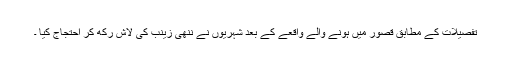
تفصیلات کے مطابق قصور میں ہونے والے واقعے کے بعد شہریوں نے ننھی زینب کی لاش رکھ کر احتجاج کیا ۔